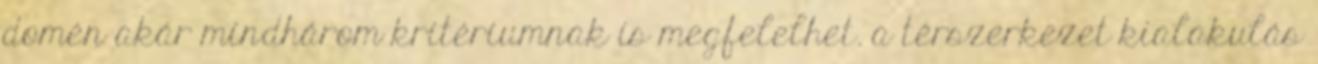
domén akár mindhárom kritériumnak is megfelelhet. a térszerkezet kialakulás